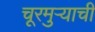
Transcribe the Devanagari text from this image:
चूरमुऱ्याची